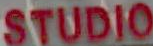
STUDIO